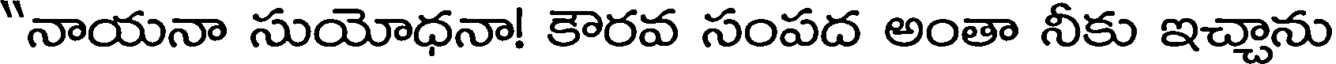
"నాయనా సుయోధనా! కౌరవ సంపద అంతా నీకు ఇచ్చాను